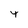
Character: 4